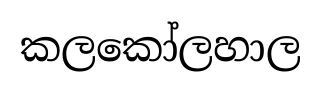
කලකෝලහාල